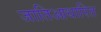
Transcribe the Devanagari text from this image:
जातिआधारित